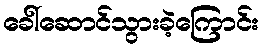
ခေါ်ဆောင်သွားခဲ့ကြောင်း